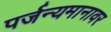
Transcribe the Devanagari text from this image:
पर्जन्यमानावर